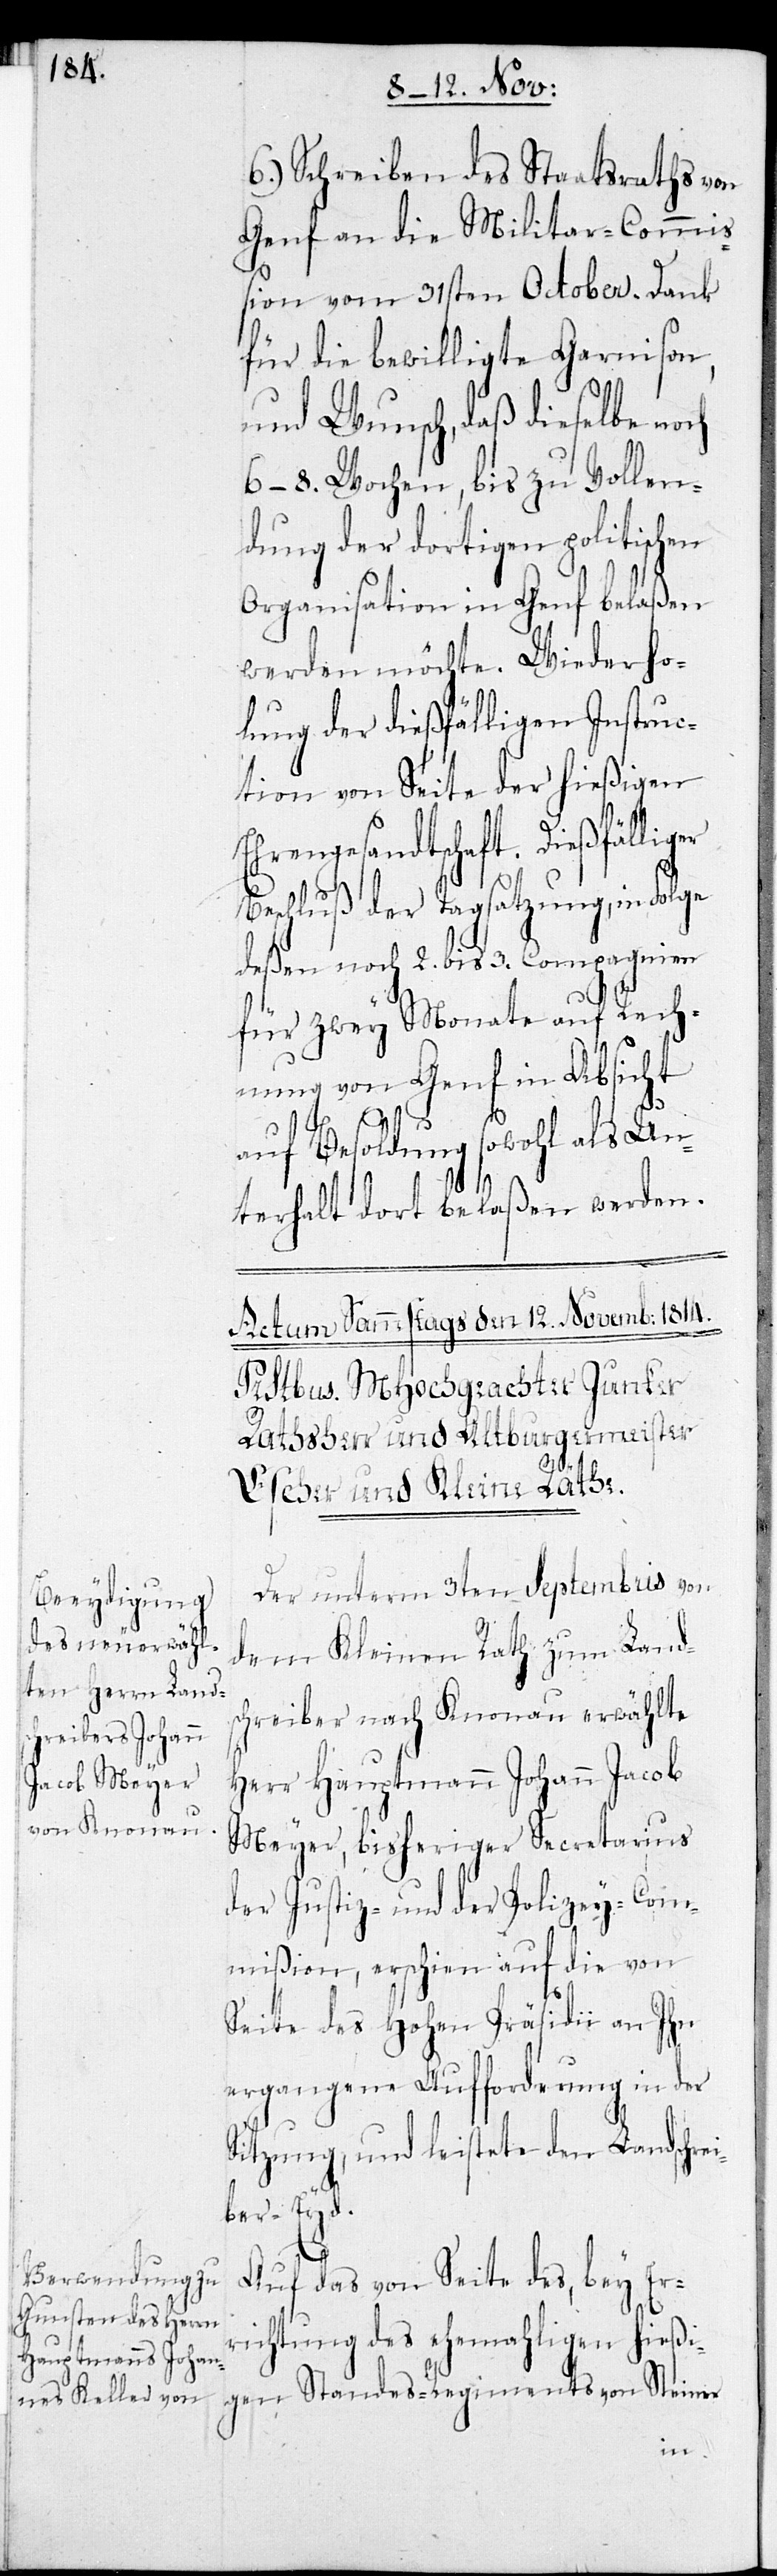
6.) Schreiben des Staatsraths von
Genf an die Militar-Commiß¬
ion vom 31sten October. Dank
für die bewilligte Garnison
und Wunsch, daß dieselbe noch
6–8. Wochen, bis zu Vollen¬
dung der dortigen politischen
Organisation in Genf belaßen
werden möchte. Wiederho¬
lung der dießfälligen Instruc¬
tion von Seite der hießigen
Ehrengesandtschaft. Dießfälliger
Beschluß der Tagsatzung, in Folge
deßen noch 2. bis 3. Compagnien
für zwey Monate auf Rech¬
nung von Genf in Absicht
auf Besoldung sowohl als Un¬
terhalt dort belaßen werden.
Der unterm 3ten Septembris von
dem Kleinen Rath zum Lands¬
chreiber nach Knonau erwählte
Herr Hauptmann Johann Jacob
Meyer, bisheriger Secretarius
der Justiz- und der Polizey-Com¬
mißion, erschien auf die von
Seite des Hohen Präsidii an ihn
ergangene Aufforderung in der
Sitzung und leistete den Landschrei¬
ber-Eyd.
Auf das von Seite des, bey Er¬
richtung des ehemahligen hießi¬
gen Standes-Regiments von Steiner